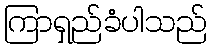
ကြာရှည်ခံပါသည်